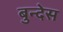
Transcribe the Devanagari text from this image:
बुन्देस